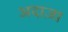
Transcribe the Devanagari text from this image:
अदाज़ा